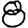
Digit: 8